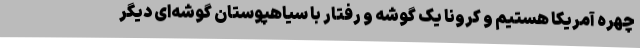
چهره آمریکا هستیم و کرونا یک گوشه و رفتار با سیاهپوستان گوشه‌ای دیگر